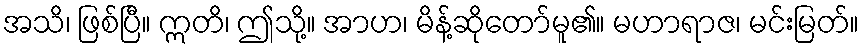
အသိ၊ ဖြစ်ပြီ။ ဣတိ၊ ဤသို့။ အာဟ၊ မိန့်ဆိုတော်မူ၏။ မဟာရာဇ၊ မင်းမြတ်။